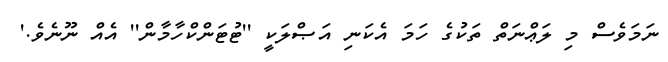
ނަމަވެސް މި ލަޢްނަތް ތަކުގެ ހަމަ އެކަނި އަޞްލަކީ ''ޓުޓަންކްހާމާން'' އެއް ނޫނެވެ.'